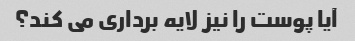
آیا پوست را نیز لایه برداری می کند؟